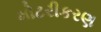
મોટરીકરણ